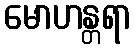
မောဟန္တရာ